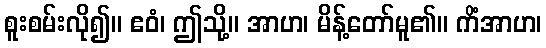
စူးစမ်းလို၍။ ဧဝံ၊ ဤသို့။ အာဟ၊ မိန့်တော်မူ၏။ ကိံအာဟ၊